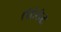
તરકટ